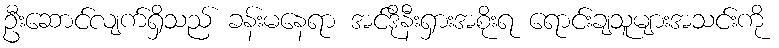
ဦးဆောင်လျက်ရှိသည် ခန်းမနေရာ အင်ဒိုနီးရှားအစိုးရ ရောင်းချသူများအသင်းကို